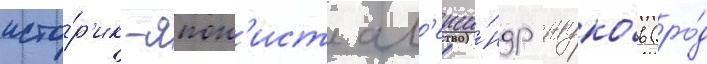
исто́р'ик-япон'ист ал'екса́ндр жуко́в (ро́д